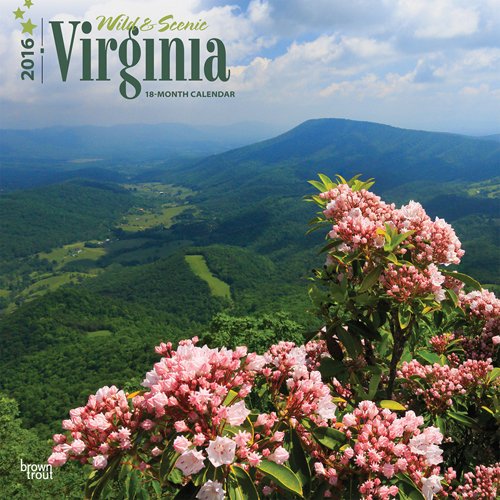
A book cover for Virginia, Wild & Scenic 2016 Square 12x12; Browntrout Publishers; Calendars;